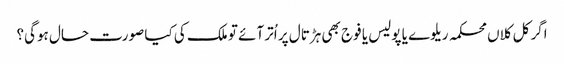
اگر کل کلاں محکمہ ریلوے یا پولیس یا فوج بھی ہڑتال پر اُتر آئے تو ملک کی کیا صورت حال ہوگی؟